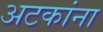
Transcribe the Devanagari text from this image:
अटकांना